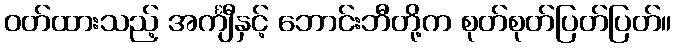
ဝတ်ထားသည့် အင်္ကျီနှင့် ဘောင်းဘီတို့က စုတ်စုတ်ပြတ်ပြတ်။